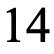
14